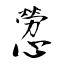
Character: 憥